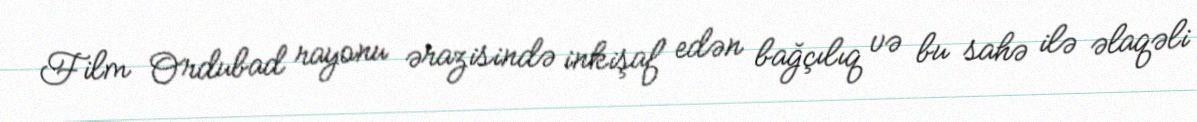
Film Ordubad rayonu ərazisində inkişaf edən bağçılıq və bu sahə ilə əlaqəli